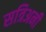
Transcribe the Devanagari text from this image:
सत्रिअनी